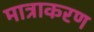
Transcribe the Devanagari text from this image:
मात्राकरण